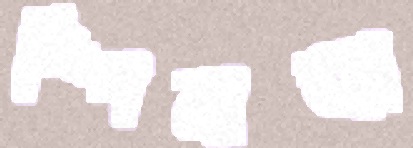
স্পিনারে